Annual report of the Punjab Veterinary College and of the Civil Veterinary Department, Punjab - 1894-1908
Year: 1894
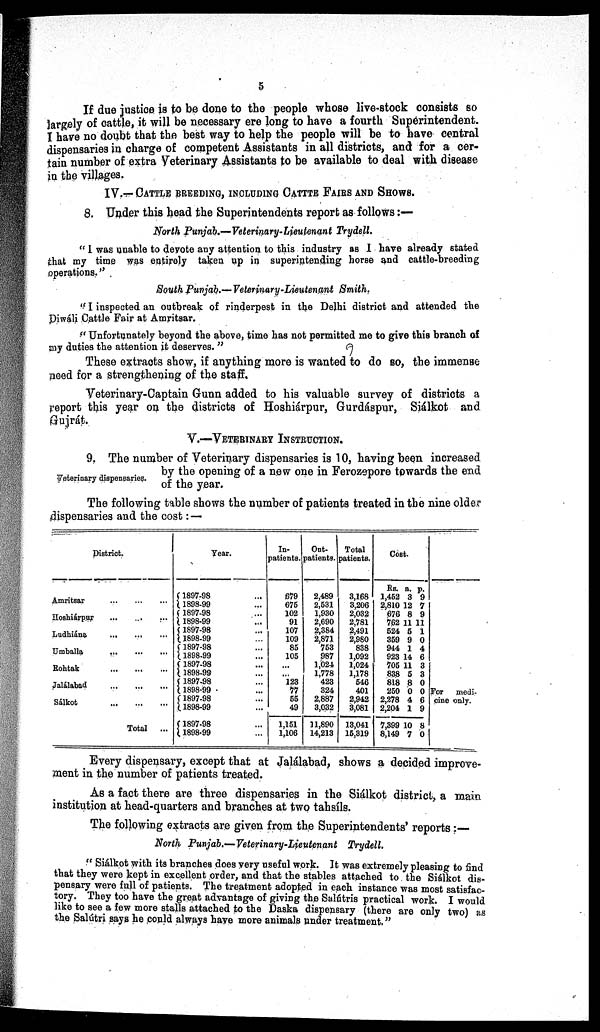
5
If due justice is to be done to the people whose live-stock consists so
largely of cattle, it will be necessary ere long to have a fourth Superintendent.
I have no doubt that the best way to help the people will be to have central
dispensaries in charge of competent Assistants in all districts, and for a cer-
tain number of extra Veterinary Assistants to be available to deal with disease
in the villages.
IV.—CATTLE BREEDING, INCLUDING CATTLE FAIRS AND SHOWS.
8. Under this head the Superintendents report as follows:—
North Punjab.—Veterinary-Lieutenant
Trydell.
" I was unable to devote any attention to this industry as I have already stated
that my time was entirely taken up in superintending horse and cattle-breeding
operations.''
South Punjab.—Veterinary-Lieutenant
Smith.
" I inspected an outbreak of rinderpest in the Delhi district and attended the
Diwáli Cattle Fair at Amritsar.
" Unfortunately beyond the above, time has not permitted me to give this branch of
my duties the attention it deserves. "
These extracts show, if anything more is wanted to do so, the immense
need for a strengthening of the staff.
Veterinary-Captain Gunn added to his valuable survey of districts a
report this year on the districts of Hoshiárpur, Gurdáspur, Siálkot and
Gujrát.
V.—VETERINARY INSTRUCTION.
Veterinary dispensaries.
9. The number of Veterinary dispensaries is 10, having been increased
by the opening of a new one in Ferozepore towards the end
of the year.
The following table shows the number of patients treated in the nine older
dispensaries and the cost: —
District.
Amritsar
...
...
...
Hoshiárpur ... ... ...
Ludhiána ... ... ...
Umballa
...
...
...
Rohtak
...
...
...
Jalálabad
...
...
...
Sálkot
...
...
...
Total ...
Year.
1897-98 ...
1898-99 ...
1897-98 ....
1898-99 ...
1897-98 ...
1898-99 . ..
1897-98 ...
1898-99 ...
1897-98 ...
1898-99 ...
1897-98 ...
1898-99 ...
1897-98 ...
1898-99 ...
1897-98 ...
1898-99 ...
In-
patients.
679
675
102
91
107
109
85
105
...
...
123
77
55
49
1,151
1,106
Out¬
patients.
2,489
2,531
1,930
2,690
2,384
2,871
753
987
1,024
1,778
423
324
2,887
3,032
11,890
14,213
Total
patients.
3,168
3,206
2,032
2,781
2,491
2,980
838
1,092
1,024
1,178
546
401
2,942
3,081
13,041
16,319
Cost.
Rs.
1,452
2,810
676
762
524
359
944
923
705
838
818
250
2,278
2,204
7,399
8,149
a.
3
12
8
11
5
9
1
14
11
5
8
0
4
1
10
7
p.
9
7
9
11
1
0
4
6
3
3
0
0
6
9
8
0
For
medi-
cine only.
Every dispensary, except that at Jalálabad, shows a decided improve-
ment in the number of patients treated.
As a fact there are three dispensaries in the Siálkot district, a main
institution at head-quarters and branches at two tahsíls.
The following extracts are given from the Superintendents' reports:—
North Punjab.—Veterinary-Lieutenant
Trydell.
" Siálkot with its branches does very useful work. It was extremely pleasing to find
that they were kept in excellent order, and that the stables attached to the Siálkot dis-
pensary were full of patients. The treatment adopted in each instance was most satisfac-
tory. They too have the great advantage of giving the Salútris practical work. I would
like to see a few more stalls attached to the Daska dispensary (there are only two) as
the Salútri says he could always have more animals under treatment."